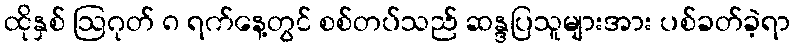
ထိုနှစ် ဩဂုတ် ၈ ရက်နေ့တွင် စစ်တပ်သည် ဆန္ဒပြသူများအား ပစ်ခတ်ခဲ့ရာ